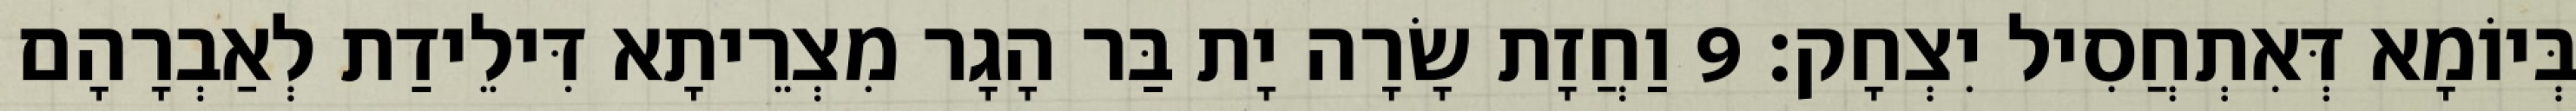
בְּיוֹמָא דְּאִתְחֲסִיל יִצְחָק׃ 9 וַחֲזָת שָׂרָה יָת בַּר הָגָר מִצְרֵיתָא דִּילֵידַת לְאַבְרָהָם